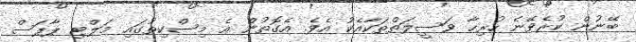
ބޭނުން ކުރެވޭނެ ހުރިހާ ވަސީލަތްތަކާއެކު އެވެ. އެގޮތުން އެ މިސްކިތުގައި މަލްޓި ޕާޕަސް